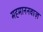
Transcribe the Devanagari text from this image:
महमाननवाज़